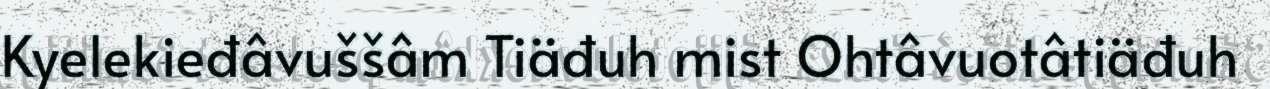
Kyelekieđâvuššâm Tiäđuh mist Ohtâvuotâtiäđuh